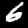
Digit: 6